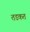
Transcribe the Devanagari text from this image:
तडकत